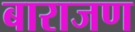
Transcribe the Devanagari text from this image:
बाराजण